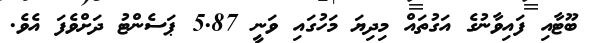
ބޫޓާއި ފައިވާނުގެ އަގުތައް މިދިޔަ މަހުގައި ވަނީ 5.87 ޕަސެންޓު ދަށްވެފަ އެވެ.